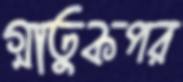
গ্নাতুকপর